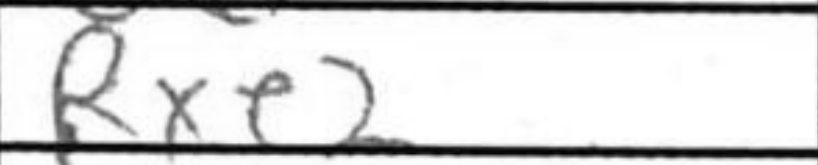
Transcription: Rxe2